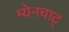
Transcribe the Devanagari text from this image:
म्येनचाट्